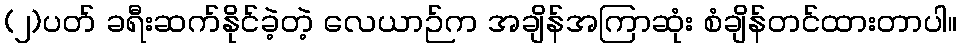
(၂)ပတ် ခရီးဆက်နိုင်ခဲ့တဲ့ လေယာဉ်က အချိန်အကြာဆုံး စံချိန်တင်ထားတာပါ။